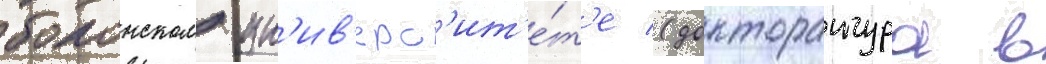
болонском ун'ив'ерс'ит'е́т'е (докторантура в